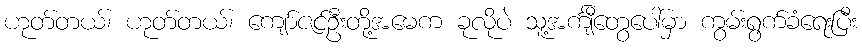
ဟုတ်တယ်၊ ဟုတ်တယ်၊ ကျော်ဇင်ဦးတို့အမေက ခုလိုပဲ သူ့အင်္ကျီတွေပေါ်မှာ ကွမ်းရွက်ခံရေးပြီး